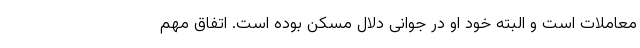
معاملات است و البته خود او در جوانی دلال مسکن بوده است. اتفاق مهم